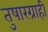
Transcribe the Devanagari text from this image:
तुषारग्राही